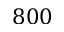
8 0 0